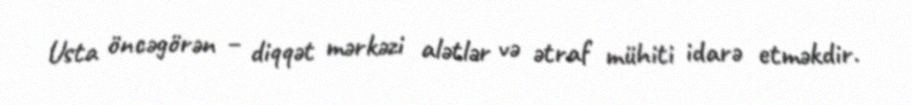
Usta öncəgörən – diqqət mərkəzi alətlər və ətraf mühiti idarə etməkdir.